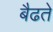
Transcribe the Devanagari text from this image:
बैढते